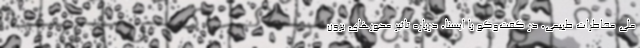
ملی مخاطرات طبیعی، در گفت‌وگو با ایسنا، درباره تاثیر محورهای برون